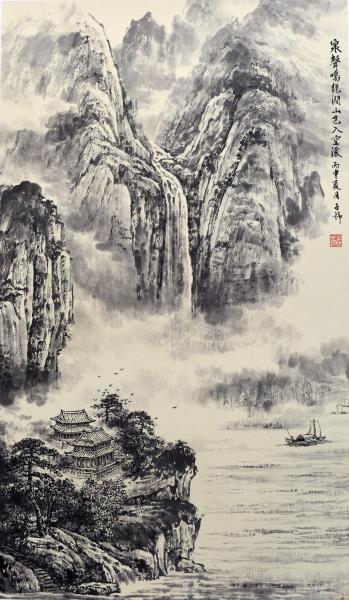
雌雄空中鸣，声尽呼不归。